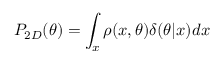
P _ { 2 D } ( \theta ) = \int _ { x } \rho ( x , \theta ) \delta ( \theta | x ) d x